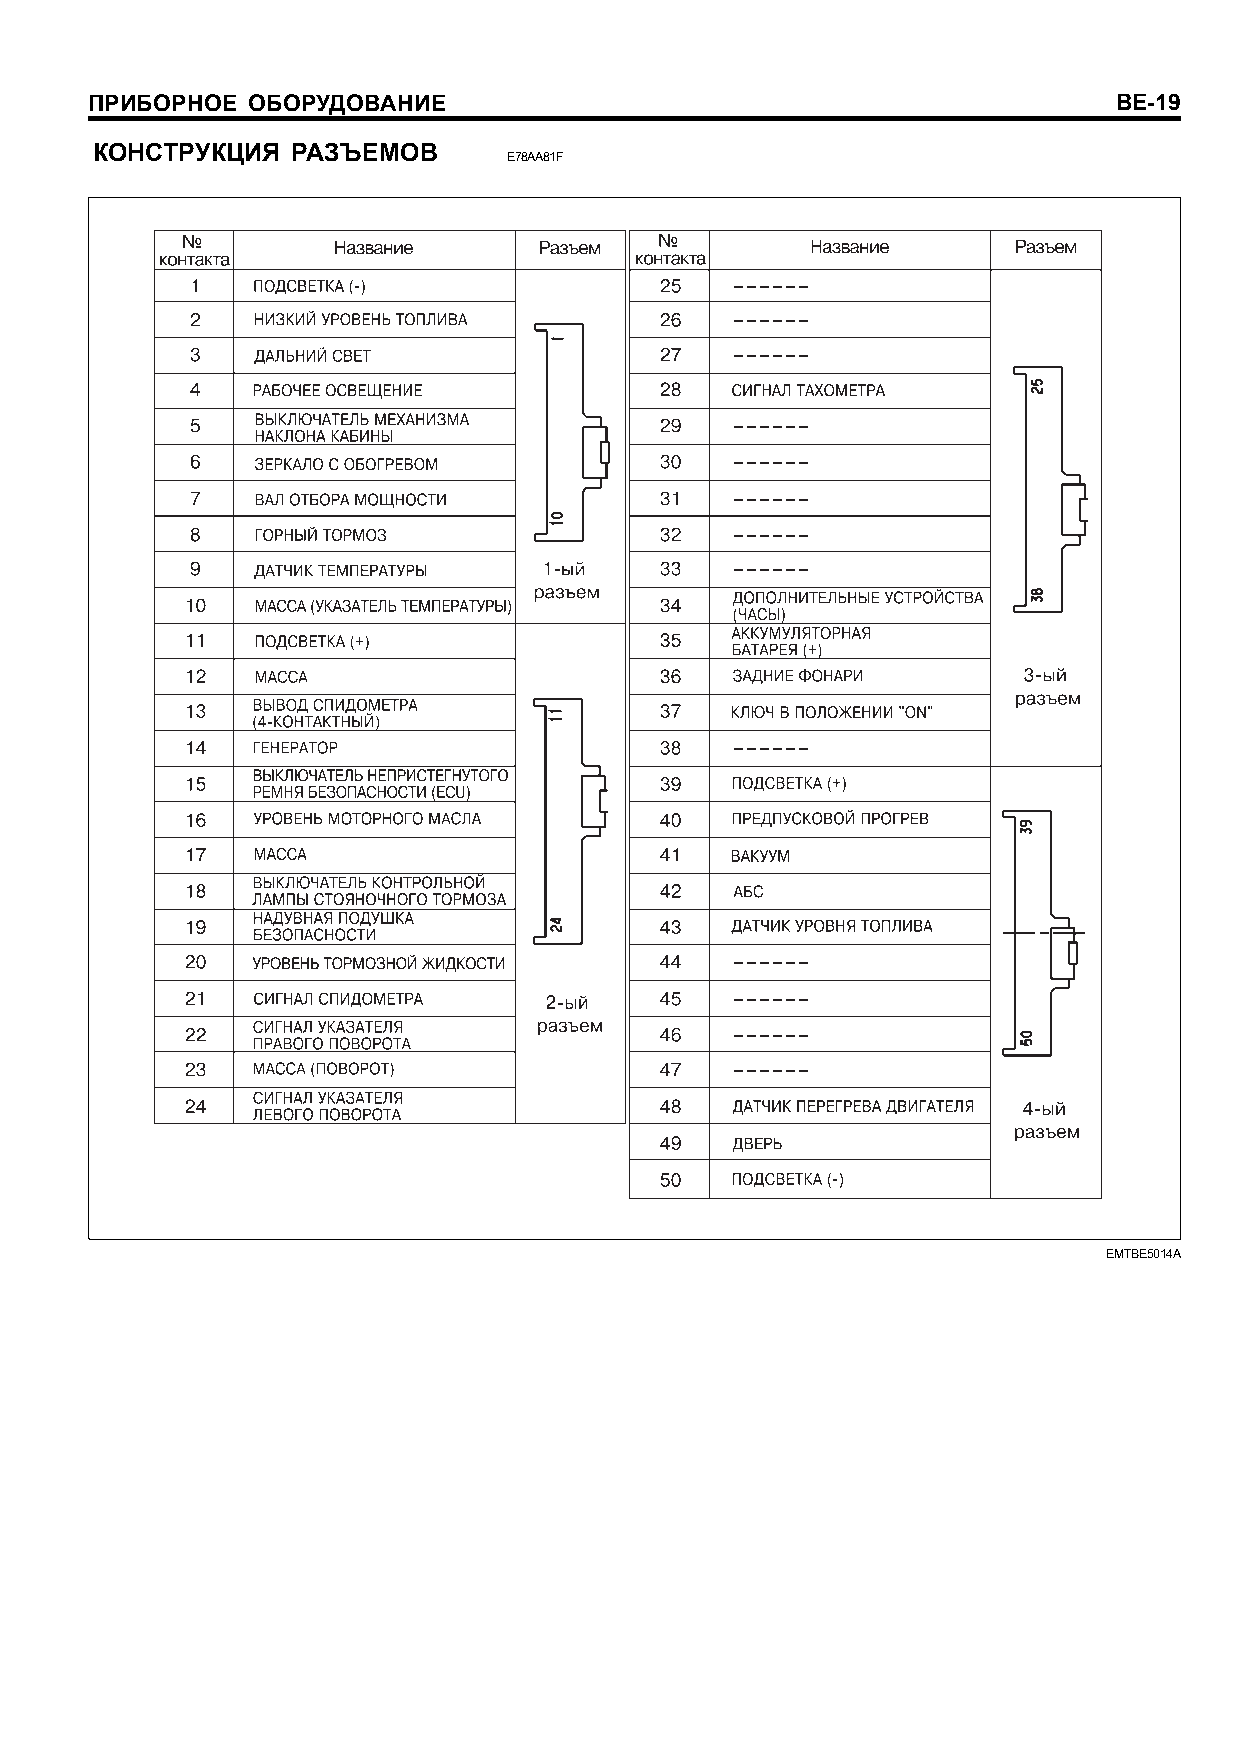
ÏÐÈÁÎÐÍÎÅ ÎÁÎÐÓÄÎÂÀÍÈÅ                                              BE-19
 ÊÎÍÑÒÐÓÊÖÈß  ÐÀÇÚÅÌÎÂ
 E78AA81F
 EMTBE5014A